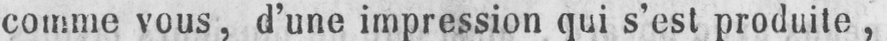
comme vous, d’une impression qui s’est produite,